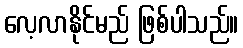
လေ့လာနိုင်မည် ဖြစ်ပါသည်။